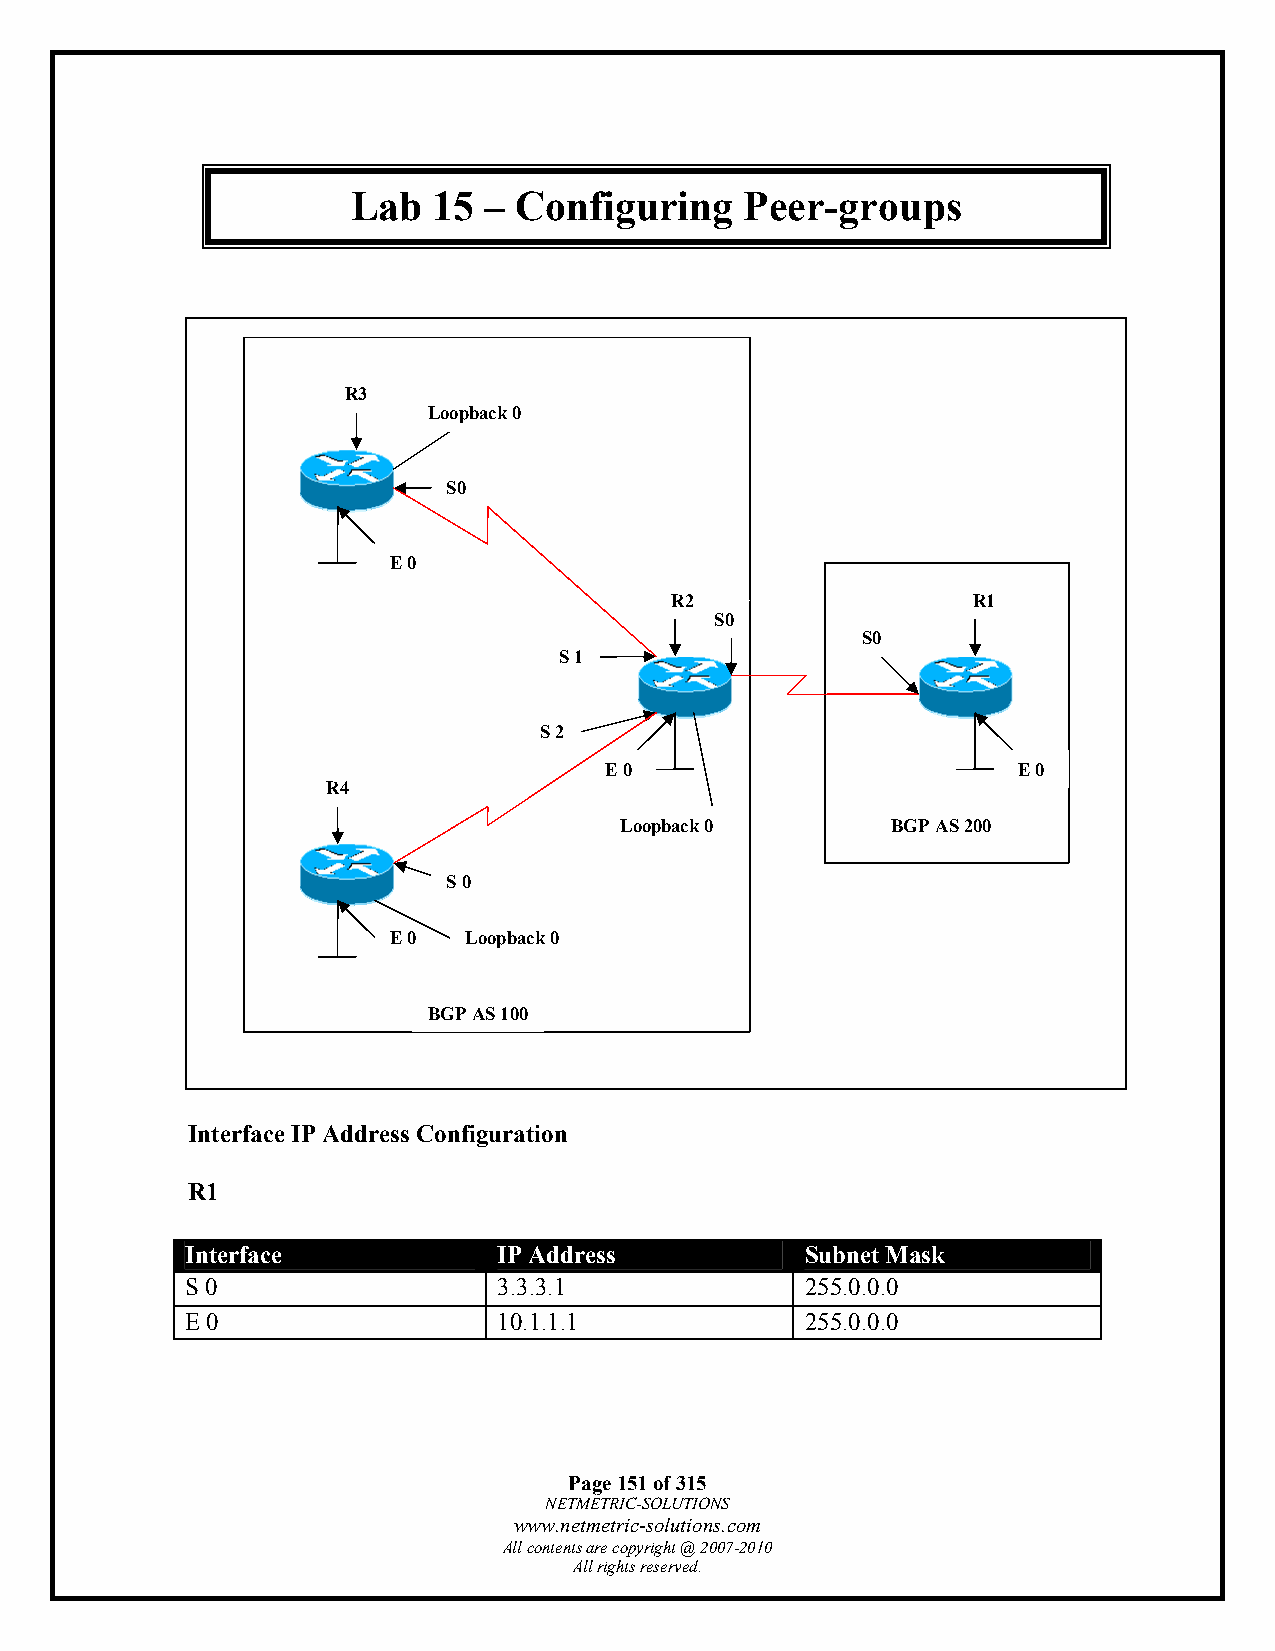
Lab   15 – Configuring    Peer-groups
 R3
 Loopback 0
 S0
 E 0
 R2                  R1
 S0
 S0
 S 1
 S 2
 E 0                        E 0
 R4
 Loopback 0        BGP AS 200
 S 0
 E 0  Loopback 0
 BGP AS 100
 Interface IP Address Configuration
 R1
 Interface            IP Address          Subnet Mask
 S 0                  3.3.3.1             255.0.0.0
 E 0                  10.1.1.1            255.0.0.0
 Page 151 of 315
 NETMETRIC-SOLUTIONS
 www.netmetric-solutions.com
 All contents are copyright @ 2007-2010
 All rights reserved.